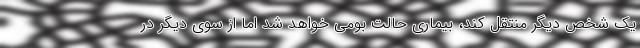
یک شخص دیگر منتقل کند، بیماری حالت بومی خواهد شد اما از سوی دیگر در